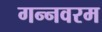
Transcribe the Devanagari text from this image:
गन्‍नवरम